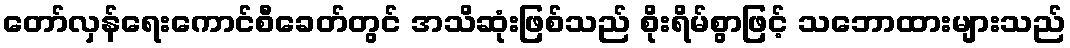
တော်လှန်ရေးကောင်စီခေတ်တွင် အသိဆုံးဖြစ်သည် စိုးရိမ်စွာဖြင့် သဘောထားများသည်